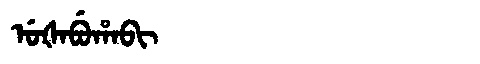
Manchu: ᡠᡧᠠᠪᡠᡥᠠᠪᡳ
Romanization: UŠABUHABI